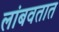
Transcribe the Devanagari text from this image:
लांबवतात